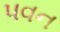
પવન